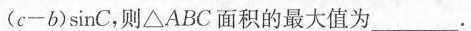
(c-b)sinC,则\triangleABC面积的最大值为___.